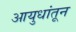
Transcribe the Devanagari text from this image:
आयुधांतून